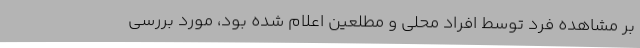
بر مشاهده فرد توسط افراد محلی و مطلعین اعلام شده بود، مورد بررسی